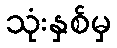
သုံးနှစ်မှ